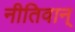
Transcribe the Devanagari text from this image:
नीतिवान्‌